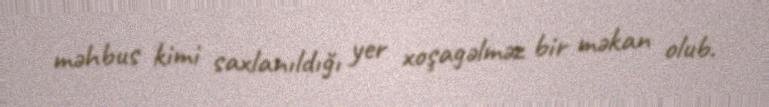
məhbus kimi saxlanıldığı yer xoşagəlməz bir məkan olub.